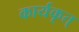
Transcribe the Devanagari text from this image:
कार्यकृत्